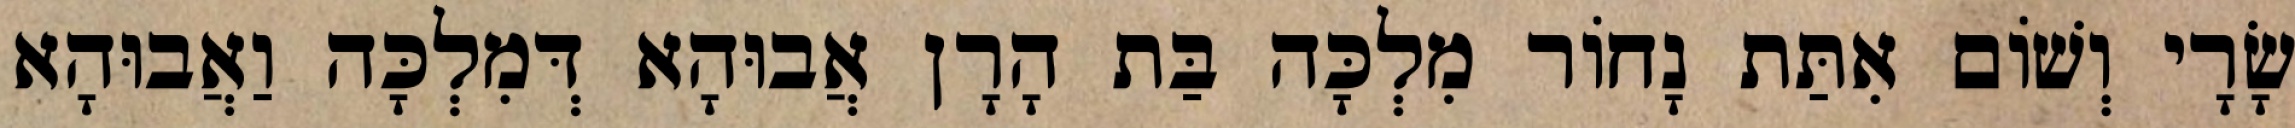
שָׂרָי וְשׁוֹם אִתַּת נָחוֹר מִלְכָּה בַּת הָרָן אֲבוּהָא דְּמִלְכָּה וַאֲבוּהָא